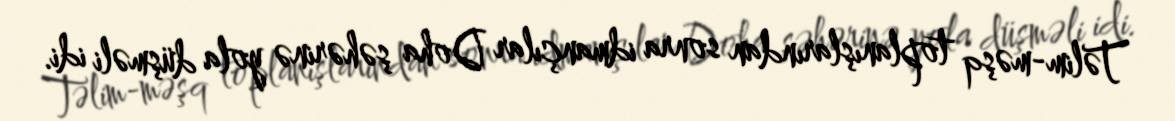
Təlim-məşq toplanışlarından sonra idmançılar Doha şəhərinə yola düşməli idi.